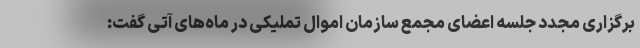
برگزاری مجدد جلسه اعضای مجمع سازمان اموال تملیکی در ماه‌های آتی گفت: